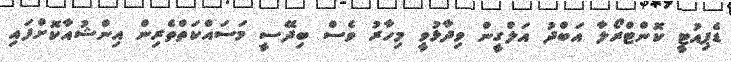
ޑެޕިއުޓީ ކޮންޓްރޯލާ އަބްދު އަލްގީން ވިދާޅުވީ މިހާރު ވެސް ބިދޭސީ މަސައްކަތްތެރިން އިންޝުއާކޮށްފައި